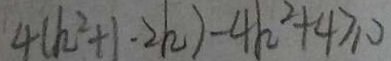
4 ( k ^ { 2 } + 1 \cdot 2 k ) - 4 k ^ { 2 } + 4 \geq 0